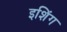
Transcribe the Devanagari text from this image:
इशिंग